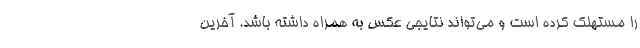
را مستهلک کرده است و می‌تواند نتایجی عکس به همراه داشته باشد. آخرین